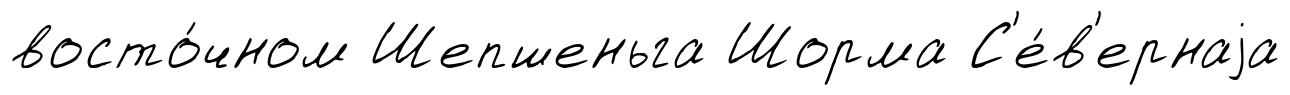
восто́чном Шепшеньга Шорма С'е́в'ернаjа